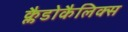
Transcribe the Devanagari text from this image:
क्लैडोकैलिक्स